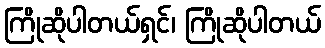
ကြိုဆိုပါတယ်ရှင်၊ ကြိုဆိုပါတယ်